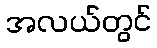
အလယ်တွင်